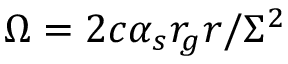
\Omega = 2 c \alpha _ { s } r _ { g } r / \Sigma ^ { 2 }